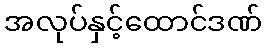
အလုပ်နှင့်ထောင်ဒဏ်